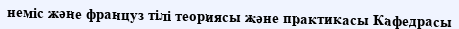
неміс және француз тілі теориясы және практикасы Кафедрасы